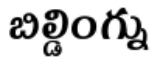
బిల్డింగ్ను